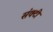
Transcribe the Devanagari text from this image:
संक्टी